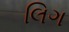
લિગ